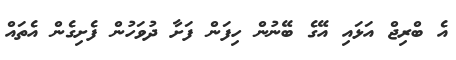
އެ ބްރިޖް އަޅައި އޭގެ ބޭނުން ހިފަން ފަށާ ދުވަހުން ފެށިގެން އެތައް